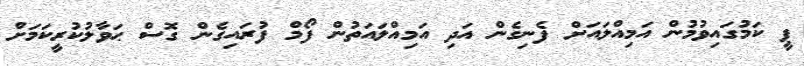
ޕީ ކަމުގައިވުމުން އަމިއްލައަށް ފެނިގެން އަދި އަމިއްލައަތުން ފޯމް ފުރައިގެން ގޮސް ޙަވާލުކުރީކަމަށް